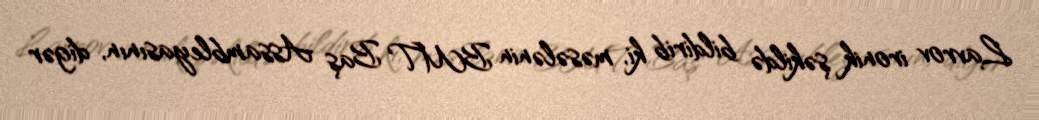
Lavrov ironik şəkildə bildirib ki, məsələnin BMT Baş Assambleyasının, digər